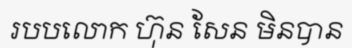
របបលោក ហ៊ុន សែន មិនបាន